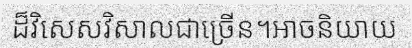
ដ៏វិសេសវិសាលជាច្រើន។អាចនិយាយ